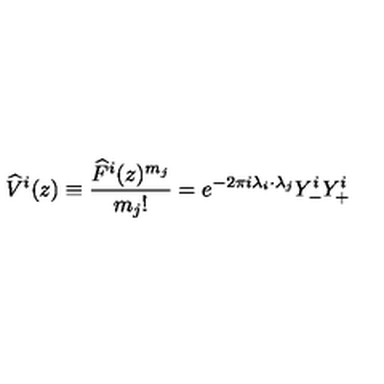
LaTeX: \widehat { V } ^ { i } ( z ) \equiv \frac { \widehat { F } ^ { i } ( z ) ^ { m _ { j } } } { m _ { j } ! } = e ^ { - 2 \pi i \lambda _ { i } \cdot \lambda _ { j } } Y _ { - } ^ { i } Y _ { + } ^ { i }